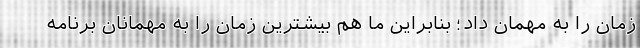
زمان را به مهمان داد؛ بنابراین ما هم بیشترین زمان را به مهمانان برنامه